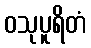
ဝသုပူရိတံ